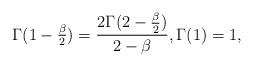
LaTeX: \begin{align*}\Gamma(1-\tfrac\beta2)=\frac{2\Gamma(2-\tfrac\beta2)}{2-\beta}, \Gamma(1)=1,\end{align*}